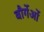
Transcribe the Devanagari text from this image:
बौर्गेओं